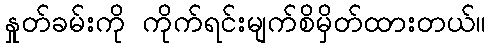
နှုတ်ခမ်းကို ကိုက်ရင်းမျက်စိမှိတ်ထားတယ်။